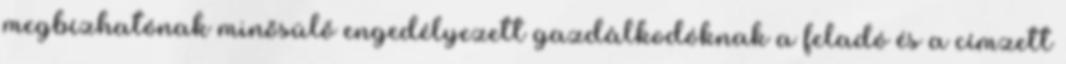
megbízhatónak minősülő engedélyezett gazdálkodóknak a feladó és a címzett